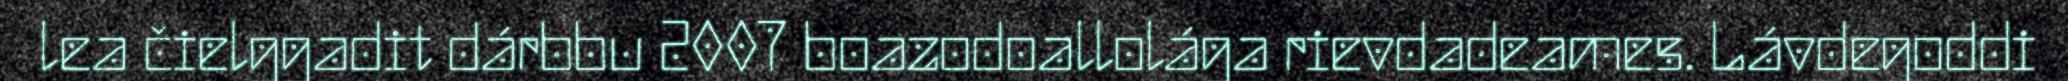
lea čielggadit dárbbu 2007 boazodoallolága rievdadeames. Lávdegoddi